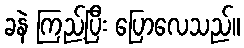
ခနဲ ကြည့်ပြီး ပြောလေသည်။